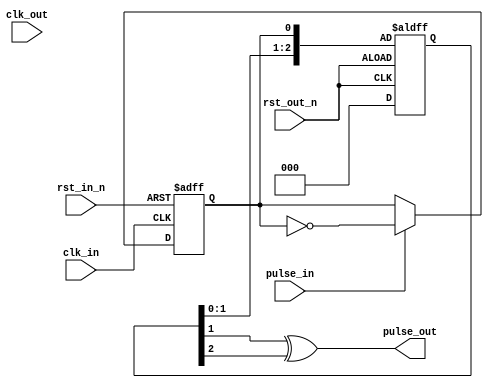
//////////////////////////////////////////////////////////////////////////////////
// 
// Project Name:  
// Module Name:   pulse_sync
// 
// Version:       1.0
// Description: 
// 
//
// Modification History:
// Date                   Change Descripton
// -------------------------------------------------------------------------------
// 2021/09/27             Initial
//
//////////////////////////////////////////////////////////////////////////////////

`default_nettype none
module pulse_sync(
    input   wire        clk_in,
    input   wire        rst_in_n,
    input   wire        pulse_in,
    input   wire        clk_out,
    input   wire        rst_out_n,
    output  wire        pulse_out
);

reg R_in_change = 0;
always@(posedge clk_in or negedge rst_in_n)
begin
    if(!rst_in_n)
        R_in_change <= 0;
    else if(pulse_in)
        R_in_change <= ~R_in_change;
end

reg [2:0] R_out_change = 0;
always@(posedge rst_out_n or negedge rst_out_n)
begin
    if(!rst_out_n)
        R_out_change <= 0;
    else
        R_out_change <= {R_out_change[1:0],R_in_change};
end

assign pulse_out = R_out_change[1] ^ R_out_change[2];

endmodule
`default_nettype wire